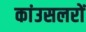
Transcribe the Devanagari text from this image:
कांउसलरों